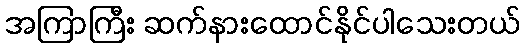
အကြာကြီး ဆက်နားထောင်နိုင်ပါသေးတယ်